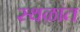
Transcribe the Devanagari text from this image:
स्थळांत